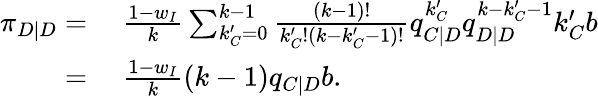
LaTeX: \begin{array}{rl}{\pi_{D|D}=}&{{}~\frac{1-w_{I}}{k}\sum_{k_{C}^{\prime}=0}^{k-1}{\frac{(k-1)!}{k_{C}^{\prime}!(k-k_{C}^{\prime}-1)!}q_{C|D}^{k_{C}^{\prime}}q_{D|D}^{k-k_{C}^{\prime}-1}k_{C}^{\prime}b}}\\ {=}&{{}~\frac{1-w_{I}}{k}(k-1)q_{C|D}b.}\end{array}